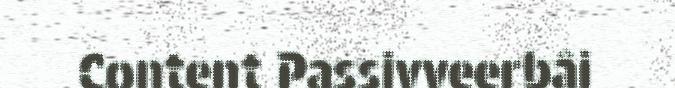
Content Passivveerbâi